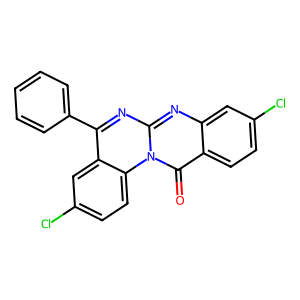
SMILES: O=c1c2ccc(Cl)cc2nc2nc(-c3ccccc3)c3cc(Cl)ccc3n12
Inhibits HIV replication: No